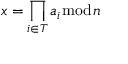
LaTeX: x = \prod _ { i \in T } a _ { i } { \bmod { n } }